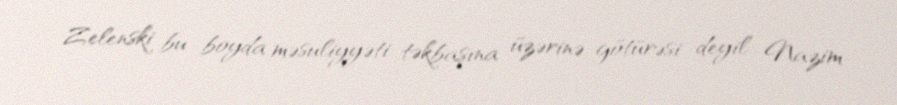
Zelenski bu boyda məsuliyyəti təkbaşına üzərinə götürəsi deyil... Nazim